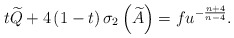
\begin{align*}t\widetilde{Q}+4\left( 1-t\right) \sigma _{2}\left( \widetilde{A}\right)=fu^{-\frac{n+4}{n-4}}. \end{align*}